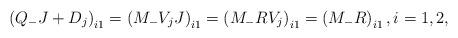
LaTeX: \begin{align*}\left(Q_-J+D_j\right)_{i1}=\left(M_- V_j J\right)_{i1}=\left(M_-R V_j\right)_{i1}=\left(M_- R\right)_{i1},i=1,2,\end{align*}